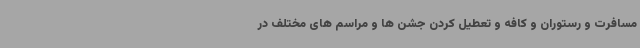
مسافرت و رستوران و کافه و تعطیل کردن جشن ها و مراسم های مختلف در